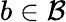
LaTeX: b\in{\mathcal{B}}